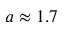
a \approx 1 . 7